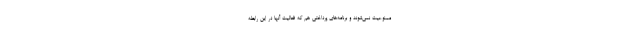
ممنوعیت نمی‌شوند و برنامه‌های پرداختی‌ هم که فعالیت آنها در این رابطه